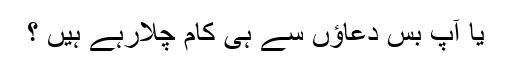
یا آپ بس دعاؤں سے ہی کام چلارہے ہیں ؟